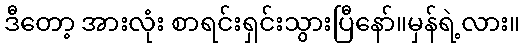
ဒီတော့ အားလုံး စာရင်းရှင်းသွားပြီနော်။မှန်ရဲ့လား။